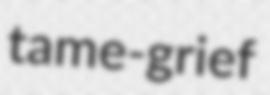
tame-grief